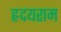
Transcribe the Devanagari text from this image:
ह्रदयराम